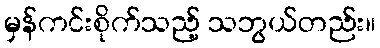
မှန်ကင်းစိုက်သည့် သဘွယ်တည်း။